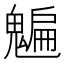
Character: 𩴄